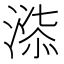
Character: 𭱲